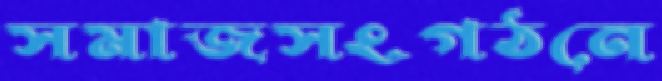
সমাজসংগঠনে